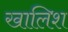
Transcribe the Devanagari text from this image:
खालिश